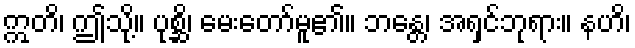
ဣတိ၊ ဤသို့။ ပုစ္ဆိ၊ မေးတော်မူ၏။ ဘန္တေ၊ အရှင်ဘုရား။ နဟိ၊